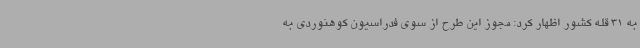
به 31 قله کشور اظهار کرد: مجوز این طرح از سوی فدراسیون کوهنوردی به